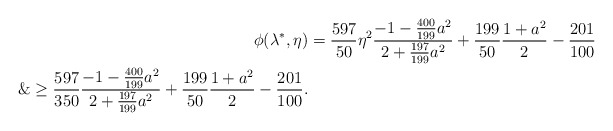
\begin{align*}\phi(\lambda^*, \eta) &= \frac{597}{50}\eta^2 \frac{-1-\frac{400}{199}a^2}{2+\frac{197}{199}a^2}+\frac{199}{50}\frac{1+a^2}{2}-\frac{201}{100}\\\&\ge \frac{597}{350} \frac{-1-\frac{400}{199}a^2}{2+\frac{197}{199}a^2}+\frac{199}{50}\frac{1+a^2}{2}-\frac{201}{100}.\end{align*}